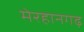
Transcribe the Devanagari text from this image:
मेरहानगढ़